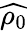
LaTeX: \widehat{\rho_{0}}